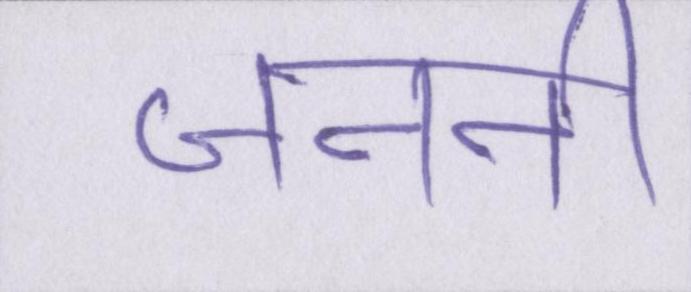
जननी